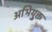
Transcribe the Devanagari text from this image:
अभियु्क्त